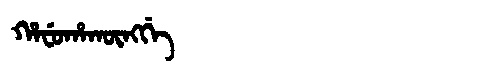
Manchu: ᡥᠠᠸᡠᡥᠠᡴᡡᠩᡤᡝ
Romanization: HAFUHAKŪNGGE